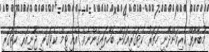
މުބާރާތް ކުރިއަށްދާނީ ހަތަރު ކެޓަގަރީއަކަށް ބަހާލައިގެންނެވެ. އެއީ ޓީމް ކެޓަގަރީ ޖޫނިއަރ ކެޓަގަރީ